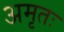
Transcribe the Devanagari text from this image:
अमृतः